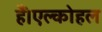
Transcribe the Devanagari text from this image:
हैं।एल्कोहल